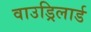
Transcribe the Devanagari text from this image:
वाउड्रिलार्ड